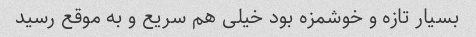
بسیار تازه و خوشمزه بود خیلی هم سریع و به موقع رسید